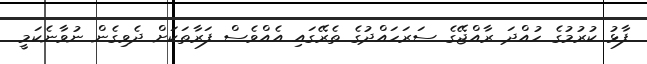
ފާޅު ކުރުމުގެ ހުއްދަ ރާއްޖޭގެ ސަރަހައްދުގެ ތެރޭގައި އެއްވެސް ފަރާތަކަށް ދެވިގެން ނުވާނެކަމީ